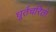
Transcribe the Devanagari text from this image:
धूर्तचरितो